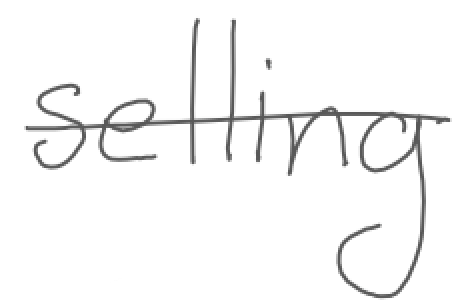
Text: selling
Cross-out: single-line
Writing tool: digital_gray